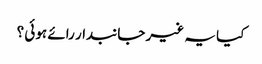
کیا یہ غیر جانبدار رائے ہوئی ؟